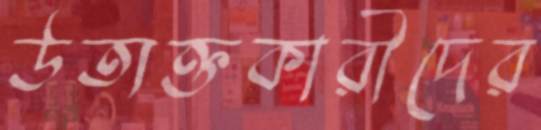
উত্যক্তকারীদের